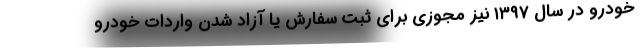
خودرو در سال ۱۳۹۷ نیز مجوزی برای ثبت سفارش یا آزاد شدن واردات خودرو